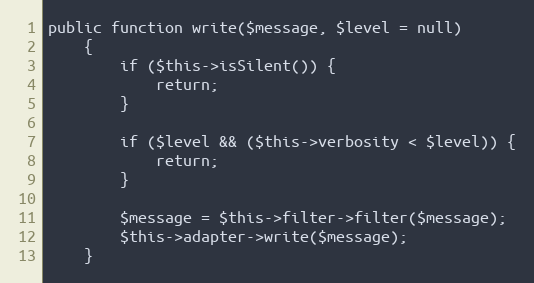
Language: PHP
public function write($message, $level = null)
    {
        if ($this->isSilent()) {
            return;
        }

        if ($level && ($this->verbosity < $level)) {
            return;
        }

        $message = $this->filter->filter($message);
        $this->adapter->write($message);
    }